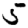
Digit: 5